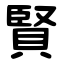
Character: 賢